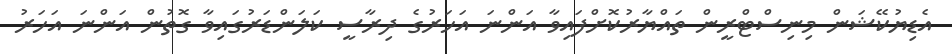
އެޑިޔުކޭޝަން މިނިސްޓްރީން ތައްޔާރުކޮށްފައިވާ އަންނަ އަހަރުގެ ދިރާސީ ކަލަންޑަރުގައިވާ ގޮތުން އަންނަ އަހަރު